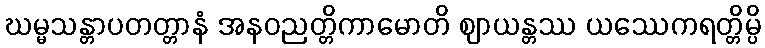
ဃမ္မသန္တာပတတ္တာနံ အနဝညတ္တိကာမောတိ ဈာယန္တဿ ယဿေကရတ္တိမ္ပိ